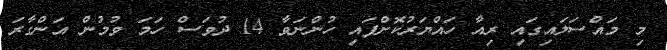
މި މައްސަލައިގައި ރިއާ ހައްޔަރުކޮށްފައި ހުންނަވާ 14 ދުވަސް ހަމަ ވުމުން އަންގާރަ